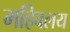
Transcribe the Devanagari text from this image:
महिवलय